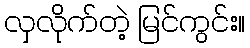
လှလိုက်တဲ့ မြင်ကွင်း။